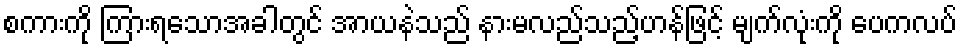
စကားကို ကြားရသောအခါတွင် အာယနဲသည် နားမလည်သည့်ဟန်ဖြင့် မျက်လုံးကို ပေကလပ်